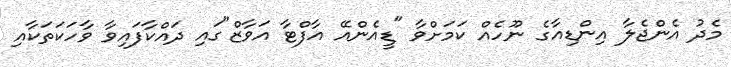
މެދު އެންޖެލާ އިންޑިއާގެ ނޫހެއް ކަމަށްވާ "ޑީއެންއޭ އާފްޓާ އަވާޒް"ގައި ދައްކާފައިވާ ވާހަކަތަކާއި